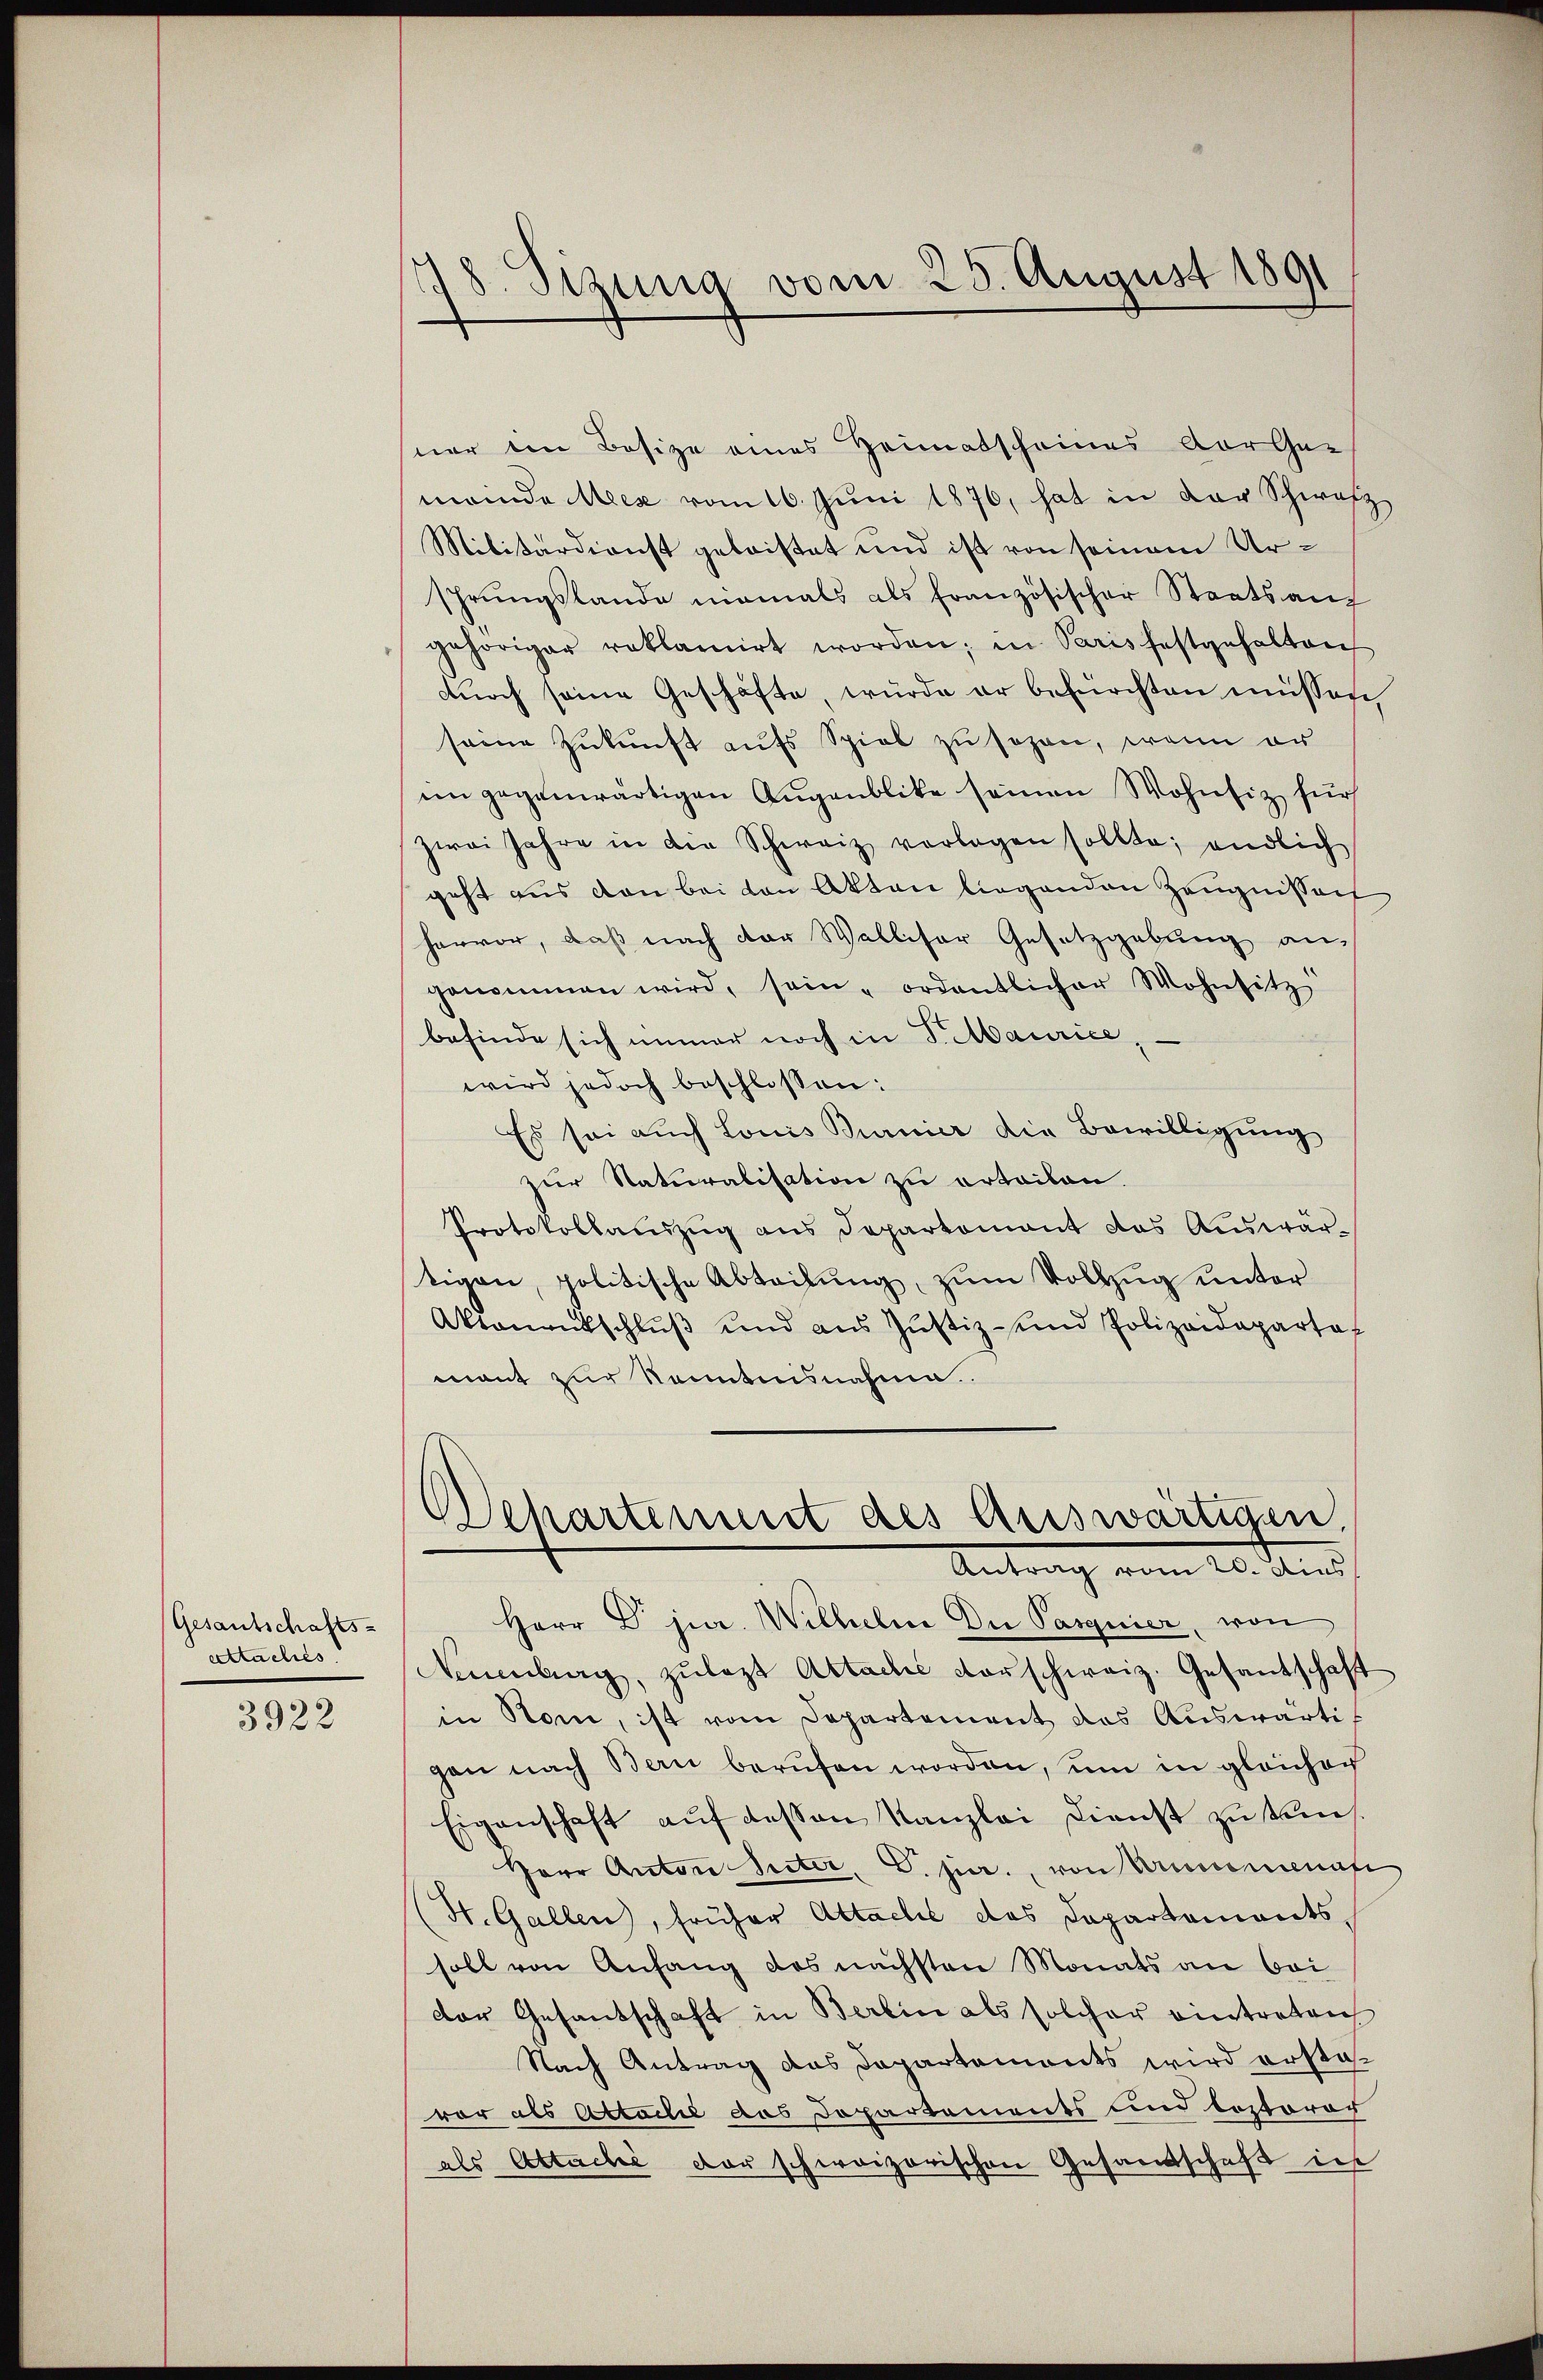
Gesantschafts-
attachés

3922

18. Sizung vom 25. August 1891

ner im Besize eines Heimatscheines vorge-
minde Meer vom 16. Juni 1876, hat in der Schwarz
Militärdienst geleistet und ist von seinem Ursprungslande niemals als französischer Staatsanf
gehöriger reklamirt worden; in Paris festgehalten
durch seine Geschäfte, würde er befürchten müssen,
seine Zukunft aufs Spiel zu sehen, wenn er
im gegenwärtigen Augenblicke seinen Wohnsiz für
zwei Jahre in die Schweiz vorlagen sollte; endlich
geht aus von bei von Akten liegenden Zeugnissert
hervor, daß nach der Walliser Gesetzgebung an,
genommen wird, sein ordentlicher Wohnsitz
befinde sich immer noch in Paurice
wird jedoch beschlossen:
Es sei auch Louis Burnier die Bewilligung
zur Naturalisation zu ertailen.
Protokollanzŭg ans Departomant das Aŭswär-
tigen, politische Abteilung, zum Vollzug unter
Aktanentschlŭβ und aŭs Jŭstiz- und Polizeidepartof
mant zur Kenntnisnahme.
Wehartemit des Auswärtigen,
Antrag vom 26. Jus
Herr Dr. jur. Wilhelm Du Pasgnier, von
Neuenburg, zŭlazt Attache vorschweiz. Gesantschaft
in Ston, ist vom Departement das Auswärtigen nach Bern berufen worden, um in gleicher
Eigenschaft auf dessen Kanzlei Dienst zu sei¬
Herr Anton Seiter, V. pr., von Armennenaf
(St. Gallen, früher Attachil das Departements
soll von Anfang des nächsten Monats an bei
der Gesandschaft in Berlin als solcher eintreten
Nach Antrag das Dapartements wird erstavor als Actacle das Dopartements und loptoror
als Attache der schweizerischen Gesandtschaft in